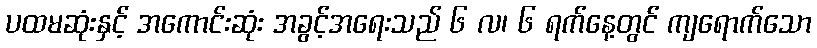
ပထမဆုံးနှင့် အကောင်းဆုံး အခွင့်အရေးသည် ၆ လ၊ ၆ ရက်နေ့တွင် ကျရောက်သော